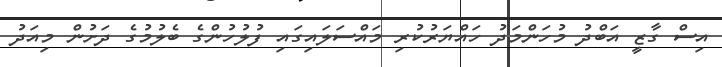
އިސް ގާޒީ އަބްދު މުހަންމަދު ހައްޔަރުކުރި މައްސަލައިގައި ފުލުހުންގެ ބެލުމުގެ ދަށުން މިއަދު